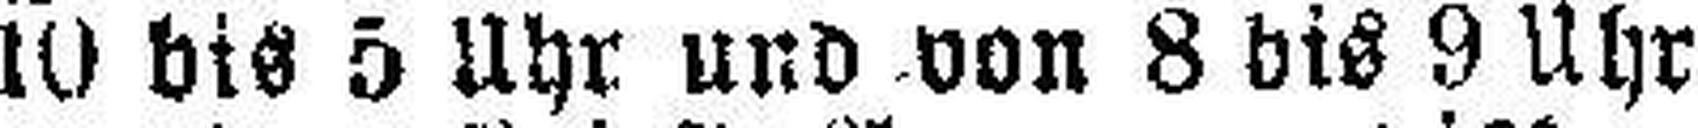
10 bis 5 Uhr und von 8 bis 9 Uhr